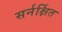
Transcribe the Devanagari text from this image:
सर्नर्क्षित